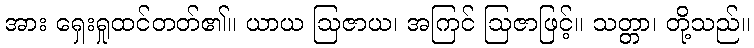
အား ရှေးရှုထင်တတ်၏။ ယာယ ဩဇာယ၊ အကြင် ဩဇာဖြင့်။ သတ္တာ၊ တို့သည်။